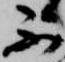
不